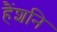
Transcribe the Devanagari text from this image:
हैंशनि